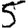
Digit: 5